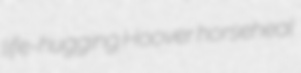
life-hugging Hoover horseheal